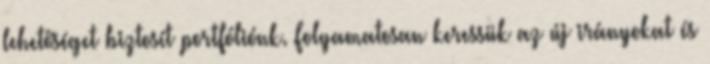
lehetőséget biztosít portfóliónk. Folyamatosan keressük az új irányokat és